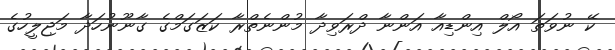
ކޭ ނުވަތަ އޯލް އިންޑިއާ އަންނާ ދްރަވިދާ މުންނެތްރާ ކަޒަގަމްގެ ގާނޫނުހަދާ މަޖިލީހުގެ